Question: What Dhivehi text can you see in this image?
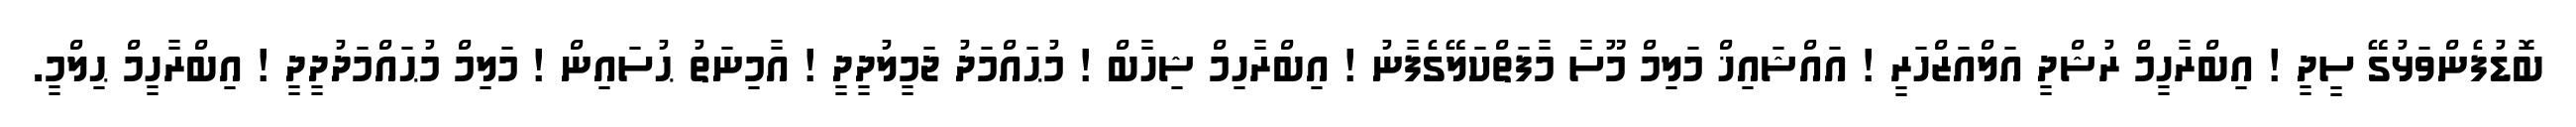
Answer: ބޮޑުފެންވަޅުގޭ ސީދީ ! އިބްރާހީމް ރުޝްދީ އަލްއަޒްހަރީ ! އައްޝައިޚް މަލިމް މޫސާ މާފަތްކަލޭގެފާނު ! އިބްރާހިމް ޝިހާބް ! މުޙައްމަދު ޖަމީލުދީދީ ! އާމިނަތު ޙުސައިން ! މަލިމް މުޙައްމަދުދީދީ ! އިބްރާހީމް ޙިލްމީ.